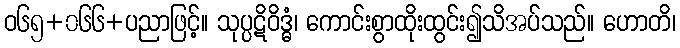
ဝ၆၅+၀၆၆+ပညာဖြင့်။ သုပ္ပဋိဝိဒ္ဓံ၊ ကောင်းစွာထိုးထွင်း၍သိအပ်သည်။ ဟောတိ၊